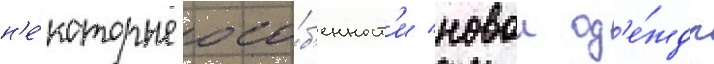
н'е́которые осо́б'енност'и новои од'е́жды